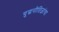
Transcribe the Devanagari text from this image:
युद्धनीतिज्ञांचा